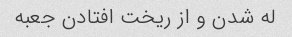
له شدن و از ریخت افتادن جعبه